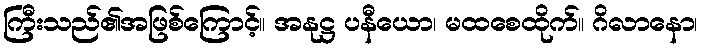
ကြီးသည်၏အဖြစ်ကြောင့်။ အနုဋ္ဌ ပနီယော၊ မထစေထိုက်။ ဂိလာနော၊